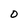
Character: O